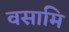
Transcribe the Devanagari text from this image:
वसामि